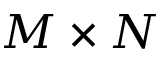
M \times N